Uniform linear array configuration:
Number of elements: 12
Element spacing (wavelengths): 0.25
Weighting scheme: blackman
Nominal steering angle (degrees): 60
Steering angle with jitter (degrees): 60.728
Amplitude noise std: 0.05
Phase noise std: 0.05

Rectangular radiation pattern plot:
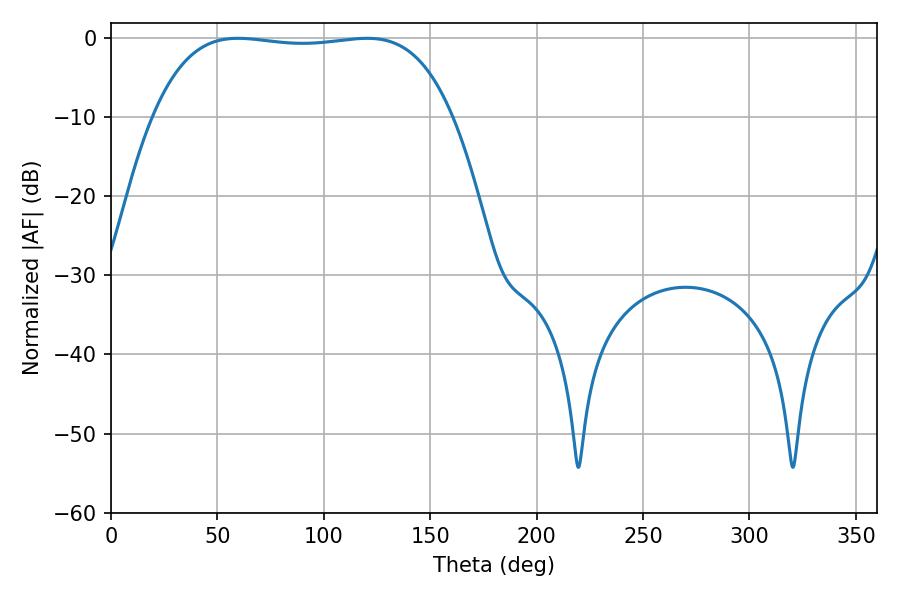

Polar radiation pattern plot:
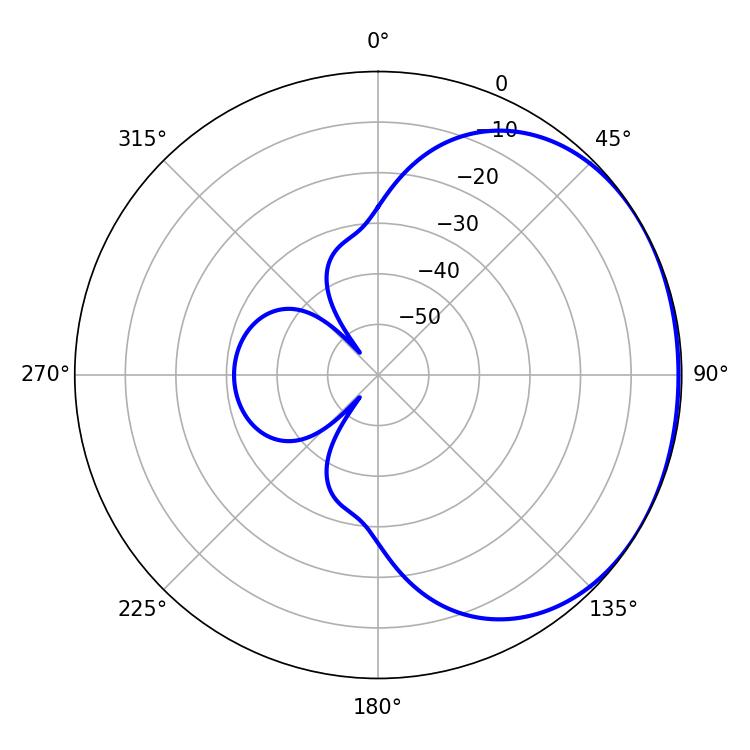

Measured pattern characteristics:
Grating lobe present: FALSE
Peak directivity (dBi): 1.108
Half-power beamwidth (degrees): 110.88
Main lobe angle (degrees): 59.76